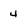
Character: 4